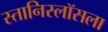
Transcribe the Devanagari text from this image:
स्तानिस्लॉसला